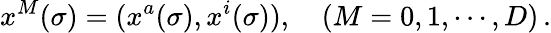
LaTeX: x^{M}(\sigma)=(x^{a}(\sigma),x^{i}(\sigma)),\quad(M=0,1,\cdots,D)\, .